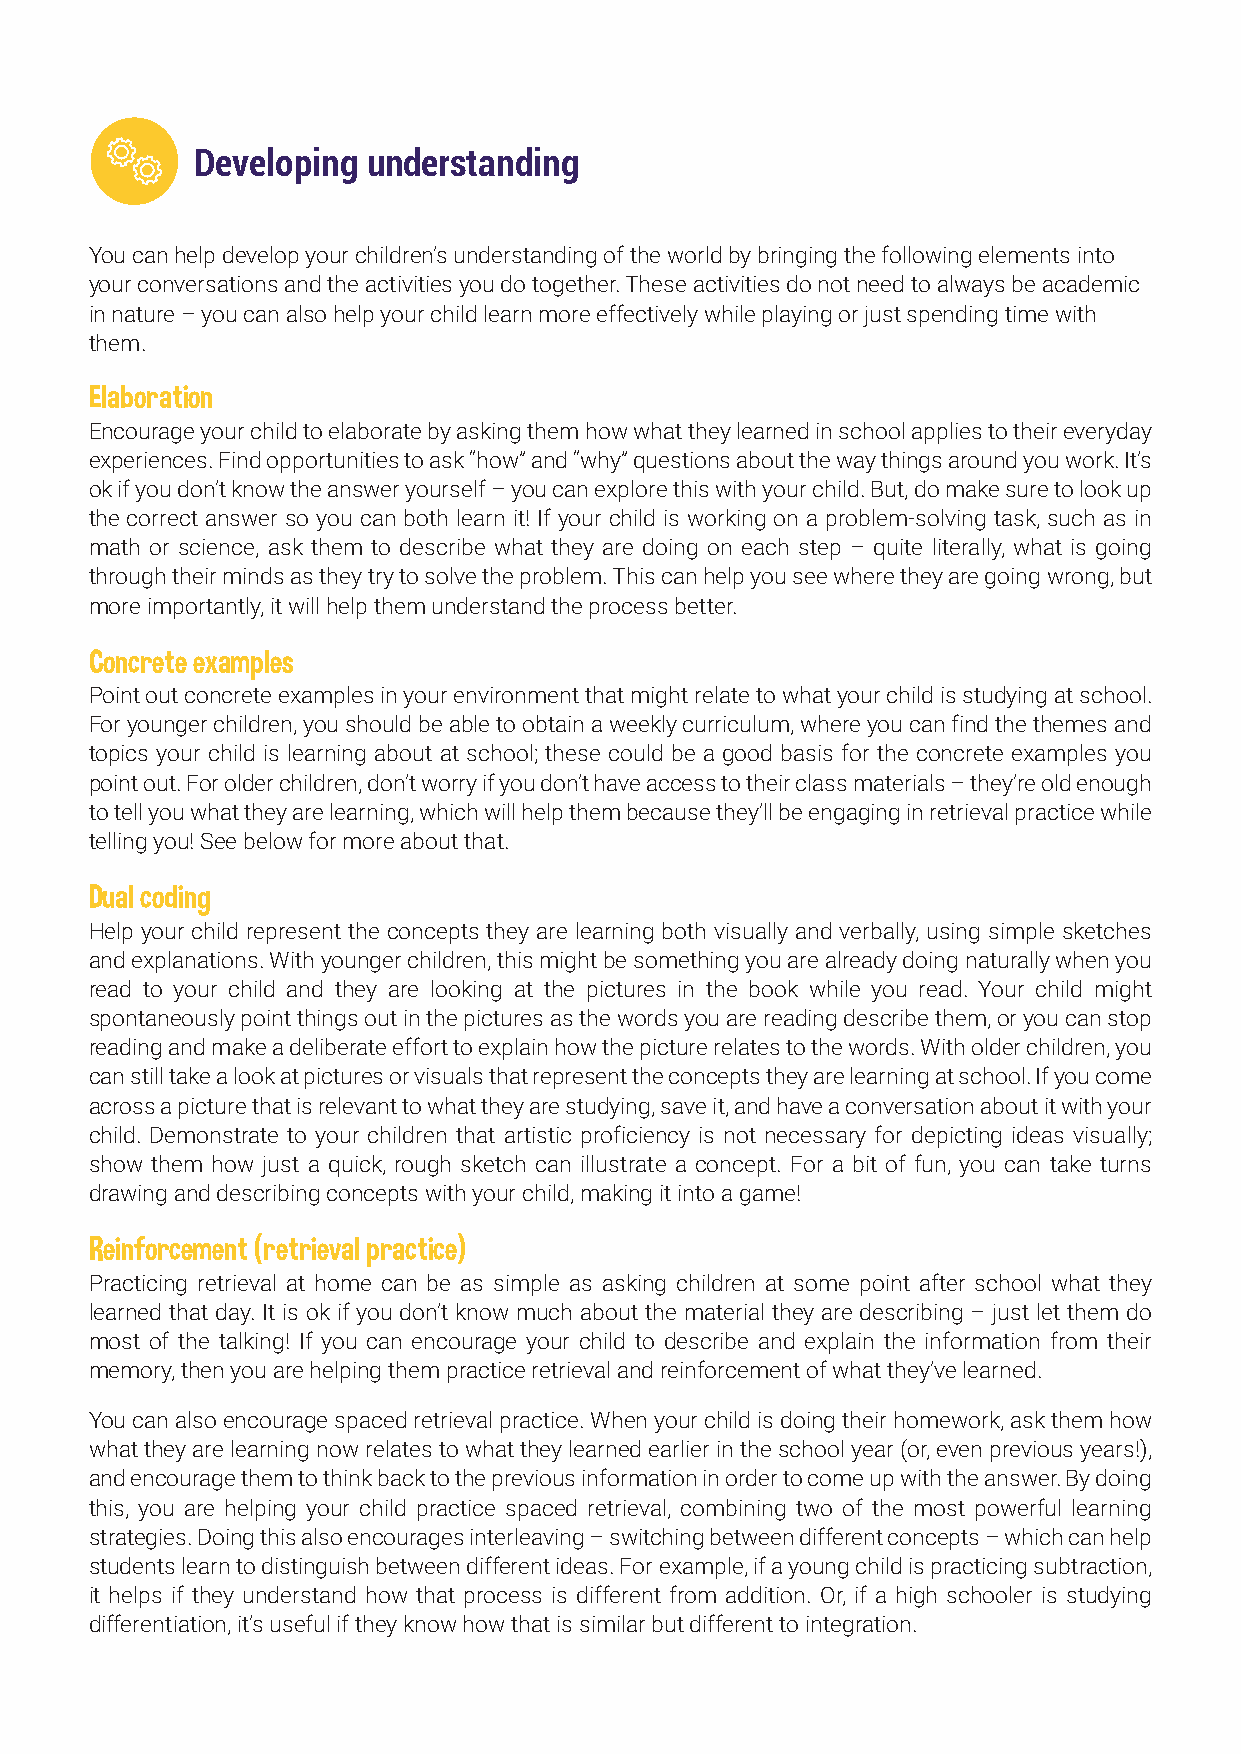
Developing understanding
 You can help develop your children’s understanding of the world by bringing the following elements into
 your conversations and the activities you do together. These activities do not need to always be academic
 in nature – you can also help your child learn more effectively while playing or just spending time with
 them.
 Elaboration
 Encourage your child to elaborate by asking them how what they learned in school applies to their everyday
 experiences. Find opportunities to ask “how” and “why” questions about the way things around you work. It’s
 ok if you don’t know the answer yourself – you can explore this with your child. But, do make sure to look up
 the correct answer so you can both learn it! If your child is working on a problem-solving task, such as in
 math or science, ask them to describe what they are doing on each step – quite literally, what is going
 through their minds as they try to solve the problem. This can help you see where they are going wrong, but
 more importantly, it will help them understand the process better.
 Concrete examples
 Point out concrete examples in your environment that might relate to what your child is studying at school.
 For younger children, you should be able to obtain a weekly curriculum, where you can find the themes and
 topics your child is learning about at school; these could be a good basis for the concrete examples you
 point out. For older children, don’t worry if you don’t have access to their class materials – they’re old enough
 to tell you what they are learning, which will help them because they’ll be engaging in retrieval practice while
 telling you! See below for more about that.
 Dual coding
 Help your child represent the concepts they are learning both visually and verbally, using simple sketches
 and explanations. With younger children, this might be something you are already doing naturally when you
 read to your child and they are looking at the pictures in the book while you read. Your child might
 spontaneously point things out in the pictures as the words you are reading describe them, or you can stop
 reading and make a deliberate effort to explain how the picture relates to the words. With older children, you
 can still take a look at pictures or visuals that represent the concepts they are learning at school. If you come
 across a picture that is relevant to what they are studying, save it, and have a conversation about it with your
 child. Demonstrate to your children that artistic proficiency is not necessary for depicting ideas visually;
 show them how just a quick, rough sketch can illustrate a concept. For a bit of fun, you can take turns
 drawing and describing concepts with your child, making it into a game!
 Reinforcement (retrieval practice)
 Practicing retrieval at home can be as simple as asking children at some point after school what they
 learned that day. It is ok if you don’t know much about the material they are describing – just let them do
 most of the talking! If you can encourage your child to describe and explain the information from their
 memory, then you are helping them practice retrieval and reinforcement of what they’ve learned.
 You can also encourage spaced retrieval practice. When your child is doing their homework, ask them how
 what they are learning now relates to what they learned earlier in the school year (or, even previous years!),
 and encourage them to think back to the previous information in order to come up with the answer. By doing
 this, you are helping your child practice spaced retrieval, combining two of the most powerful learning
 strategies. Doing this also encourages interleaving – switching between different concepts – which can help
 students learn to distinguish between different ideas. For example, if a young child is practicing subtraction,
 it helps if they understand how that process is different from addition. Or, if a high schooler is studying
 differentiation, it’s useful if they know how that is similar but different to integration.